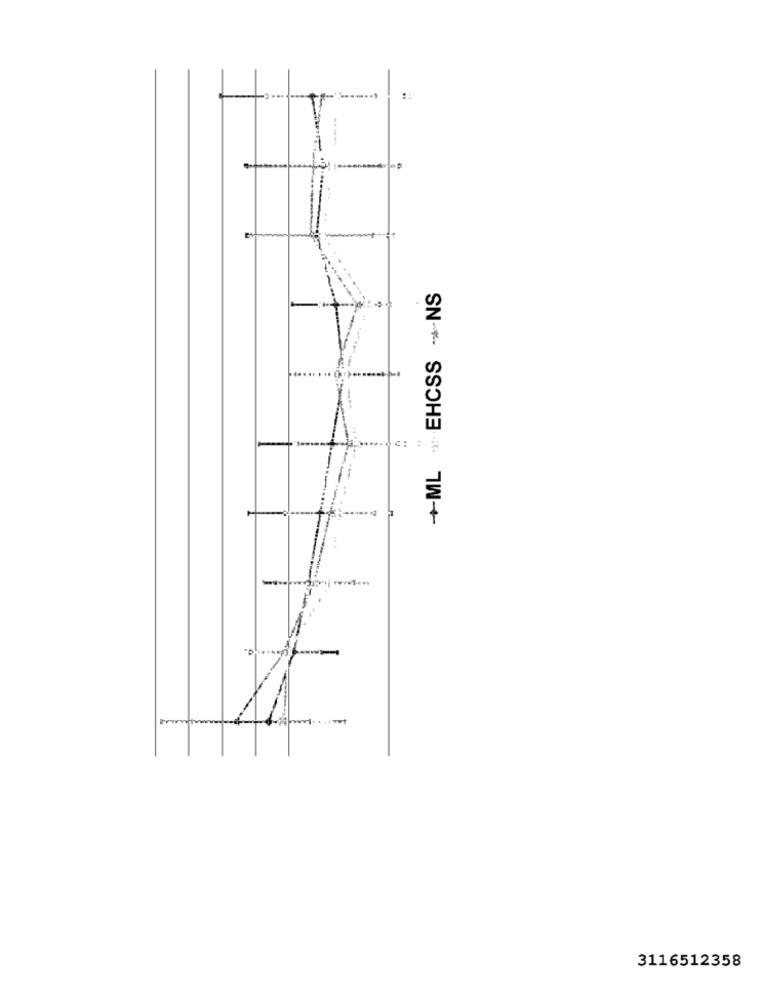
+ML EHCSS -NS
c: :
3116512358